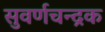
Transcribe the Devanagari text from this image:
सुवर्णचन्द्रक